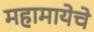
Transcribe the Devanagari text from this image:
महामायेचे